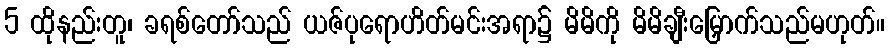
5 ထိုနည်းတူ၊ ခရစ်တော်သည် ယဇ်ပုရောဟိတ်မင်းအရာ၌ မိမိကို မိမိချီးမြှောက်သည်မဟုတ်။